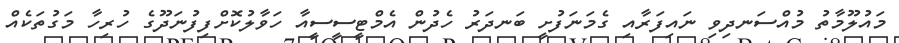
މައުލޫމާތު މުއްސަނދިވި ނައިފަރާއި ގެމަނަފުށީ ބަނދަރު ހެދުން އެމްޓީސީސީއާ ހަވާލުކޮށްފިފުނަދޫގެ ހުރިހާ މަގުތަކެއް